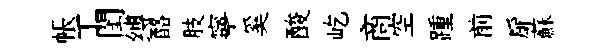
帳丁閨缚酪肢寧奚酸屹商空踵前扉蘇